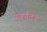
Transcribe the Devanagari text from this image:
स्वर्णदंड